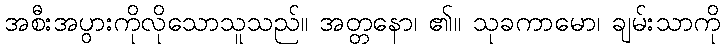
အစီးအပွားကိုလိုသောသူသည်။ အတ္တနော၊ ၏။ သုခကာမော၊ ချမ်းသာကို